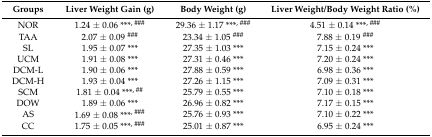
| Groups | Liver Weight Gain (g) | Body Weight (g) | Liver Weight/Body Weight Ratio (%) |
 | --- | --- | --- | --- |
 | NOR | 1.24 ± 0.06 ***, ### | 29.36 ± 1.17 ***, ### | 4.51 ± 0.14 ***, ### |
 | TAA | 2.07 ± 0.09 ### | 23.34 ± 1.05 ### | 7.88 ± 0.19 ### |
 | SL | 1.95 ± 0.07 *** | 27.35 ± 1.03 *** | 7.15 ± 0.24 *** |
 | UCM | 1.91 ± 0.08 *** | 27.31 ± 0.46 *** | 7.20 ± 0.24 *** |
 | DCM-L | 1.90 ± 0.06 *** | 27.88 ± 0.59 *** | 6.98 ± 0.36 *** |
 | DCM-H | 1.93 ± 0.04 *** | 27.26 ± 1.15 *** | 7.09 ± 0.31 *** |
 | SCM | 1.81 ± 0.04 ***, ## | 25.79 ± 0.55 *** | 7.10 ± 0.18 *** |
 | DOW | 1.89 ± 0.06 *** | 26.96 ± 0.82 *** | 7.17 ± 0.15 *** |
 | AS | 1.69 ± 0.08 ***, ### | 25.76 ± 0.93 *** | 7.10 ± 0.22 *** |
 | CC | 1.75 ± 0.05 ***, ### | 25.01 ± 0.87 *** | 6.95 ± 0.24 *** |